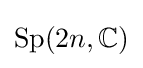
\operatorname {Sp} (2n,\mathbb {C} )